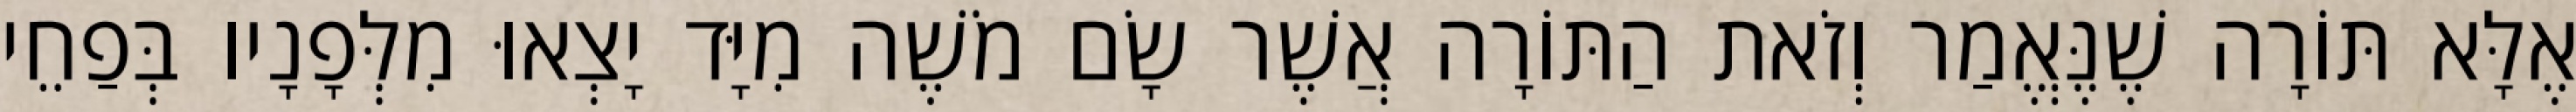
אֶלָּא תּוֹרָה שֶׁנֶּאֱמַר וְזֹאת הַתּוֹרָה אֲשֶׁר שָׂם מֹשֶׁה מִיָּד יָצְאוּ מִלְּפָנָיו בְּפַחֵי